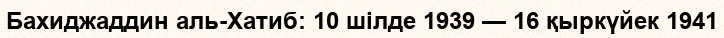
Бахиджаддин аль-Хатиб: 10 шілде 1939 — 16 қыркүйек 1941